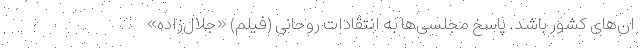
ان‌های کشور باشد. پاسخ مجلسی‌ها به انتقادات روحانی (فیلم) «جلال‌زاده»